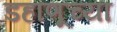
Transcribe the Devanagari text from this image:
डहाणूच्या